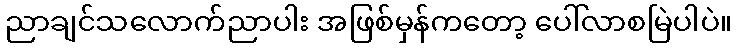
ညာချင်သလောက်ညာပါး အဖြစ်မှန်ကတော့ ပေါ်လာစမြဲပါပဲ။